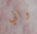
واني